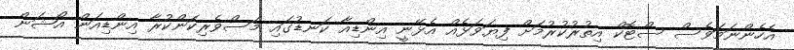
އެހެންނަމަވެސް ސްޓޮކް އިތުރުކުރުމަށް ފިޔަވަޅެއް އެޅޭނީ އިންޑިއާ ކަނޑުގައި މަސްވެރިކަންކުރާ އިންޑިއަން އޯޝަން